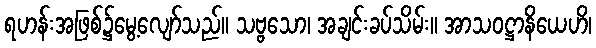
ရဟန်းအဖြစ်၌မွေ့လျော်သည်။ သဗ္ဗသော၊ အချင်းခပ်သိမ်း။ အာသဝဋ္ဌာနိယေဟိ၊